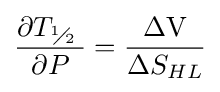
{\frac {\partial {{T}_{{}^{1}\!\!\diagup \!\!{}_{2}\;}}}{\partial P}}={\frac {{\text{ }}\!\!\Delta \!\!{\text{ V}}}{{\text{ }}\!\!\Delta \!\!{\text{ }}{{S}_{HL}}}}